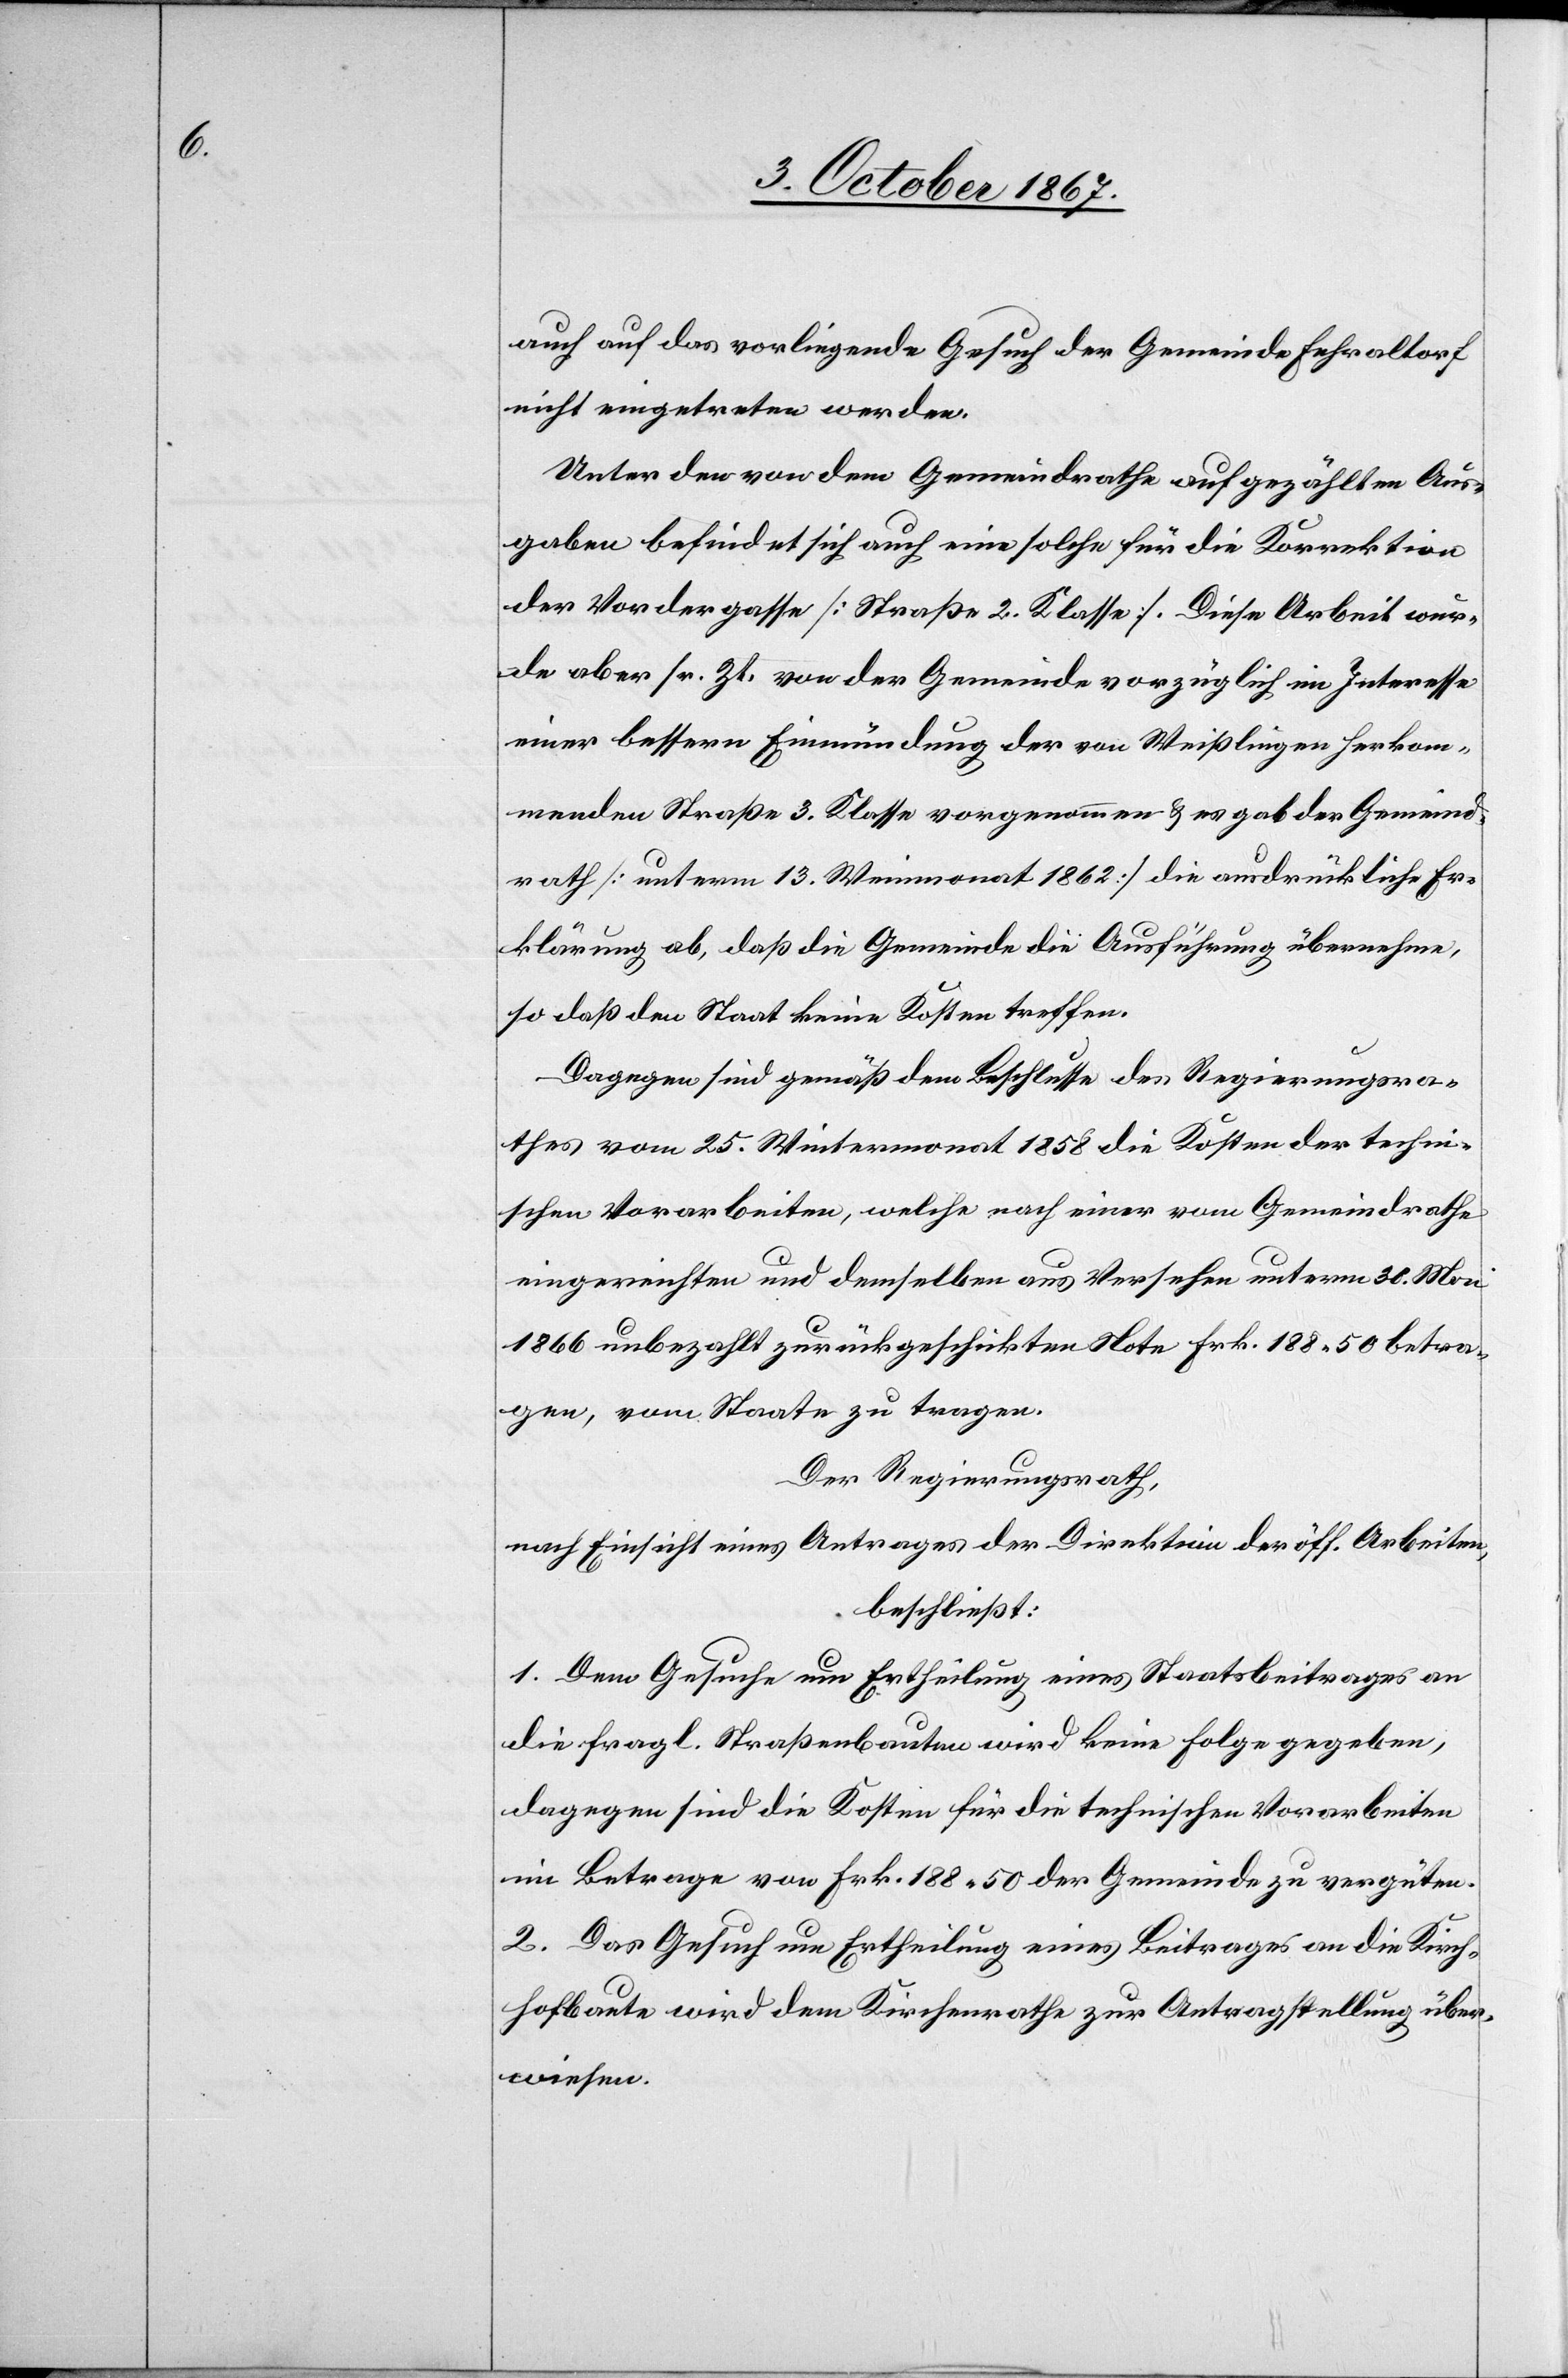
auch auf das vorliegende Gesuch der Gemeinde Fehraltorf
nicht eingetreten werden.
Unter den von dem Gemeindrathe aufgezählten Aus¬
gaben befindet sich auch eine solche für die Korrektion
der Vordergasse [Straße 2. Klasse]. Diese Arbeit wur¬
de aber sr. Zt. von der Gemeinde vorzüglich im Interesse
einer bessern Einmündung der von Weißlingen herkom¬
menden Straße 3. Klasse vorgenommen u. es gab der Gemeind¬
rath [unterm 13. Weinmonat 1862] die ausdrückliche Er¬
klärung ab, daß die Gemeinde die Ausführung übernehme,
so daß den Staat keine Kosten treffen.
Dagegen sind gemäß dem Beschlusse des Regierungsra¬
thes vom 25. Wintermonat 1858 die Kosten der techni¬
schen Vorarbeiten, welche nach einer vom Gemeindrathe
eingereichten und demselben aus Versehen unterm 30. Mai
1866 unbezahlt zurückgeschickten Note Frk. 188.50 betra¬
gen, vom Staate zu tragen.
Der Regierungsrath,
nach Einsicht eines Antrages der Direktion der öff. Arbeiten,
beschließt:
1. Dem Gesuche um Ertheilung eines Staatsbeitrages an
die fragl. Straßenbaute wird keine Folge gegeben,
dagegen sind die Kosten für die technischen Vorarbeiten
im Betrage von Frk. 188.50 der Gemeinde zu vergüten.
2. Das Gesuch um Ertheilung eines Beitrages an die Kirch¬
hofbaute wird dem Kirchenrathe zur Antragstellung über¬
wiesen.